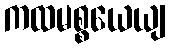
ကထမစ္စယေယျ